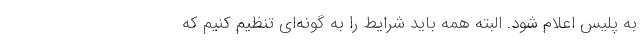
به پلیس اعلام شود. البته همه باید شرایط را به گونه‌ای تنظیم کنیم که